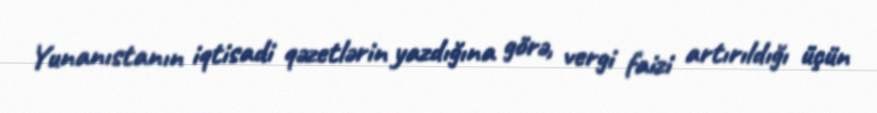
Yunanıstanın iqtisadi qəzetlərin yazdığına görə, vergi faizi artırıldığı üçün